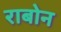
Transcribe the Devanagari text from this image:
राबोन